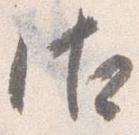
御